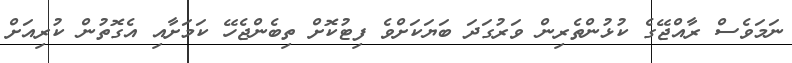
ނަމަވެސް ރާއްޖޭގެ ކުޅުންތެރިން ވަރުގަދަ ބަޔަކަށްވެ ފިޓުކޮށް ތިބެންޖެހޭ ކަމަށާއި އެގޮތުން ކުރިއަށް